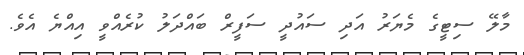
މާލޭ ސިޓީގެ މެޔަރު އަދި ސައުދީ ސަފީރް ބައްދަލު ކުރެއްވީ އިއްޔެ އެވެ.